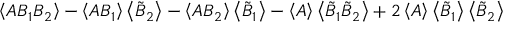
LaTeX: \left\langle A B _ { 1 } B _ { 2 } \right\rangle - \left\langle A B _ { 1 } \right\rangle \left\langle \tilde { B } _ { 2 } \right\rangle - \left\langle A B _ { 2 } \right\rangle \left\langle \tilde { B } _ { 1 } \right\rangle - \left\langle A \right\rangle \left\langle \tilde { B } _ { 1 } \tilde { B } _ { 2 } \right\rangle + 2 \left\langle A \right\rangle \left\langle \tilde { B } _ { 1 } \right\rangle \left\langle \tilde { B } _ { 2 } \right\rangle